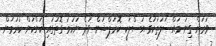
ވަރަށް ގިނަ މައްސަލަތަކުގެ އަސްލަކީ ކޮރަޕްޝަން ވަދެ ނަހަމަ ގޮތުގައި ކަންކަން ކުރަމުން